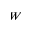
W